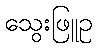
သွေးဖြူဥ